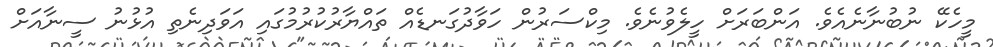
މީހެކޭ ނުބުނާނެއެވެ. އަންބަރަށް ހީލެވުނެވެ. މިކްސަރުން ހަވާދުގަނޑެއް ތައްޔާރުކުރުމުގައި އަވަދިނެތި އުޅުނު ސީނާއަށް